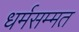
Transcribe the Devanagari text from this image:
धर्मसम्मत